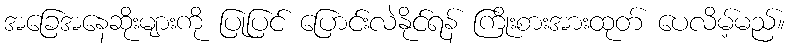
အခြေအနေဆိုးများကို ပြုပြင် ပြောင်းလဲနိုင်ရန် ကြိုးစားအားထုတ် ပေလိမ့်မည်။